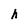
Character: h